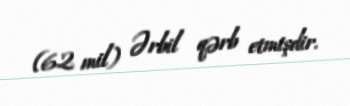
(62 mil) Ərbil qərb etmişdir.